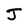
Character: J